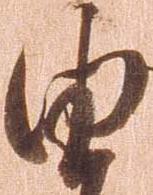
由